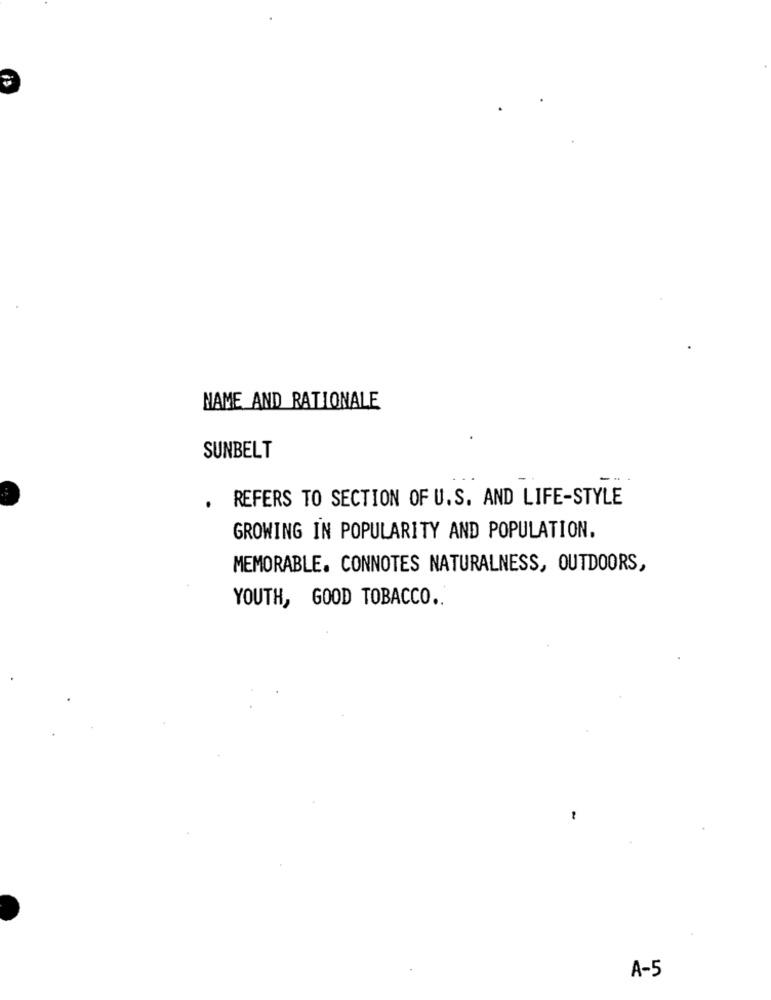
NAME AND RATIONALE
SUNBELT
-..
REFERS TO SECTION OF U.S. AND LIFE-STYLE
.
GROWING IN POPULARITY AND POPULATION.
MEMORABLE. CONNOTES NATURALNESS, OUTDOORS,
YOUTH, GOOD TOBACCO .. '
A-5